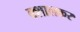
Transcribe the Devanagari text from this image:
क्शालकर